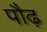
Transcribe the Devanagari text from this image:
पौढ़